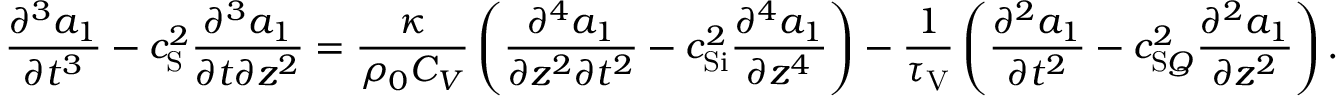
\frac { \partial ^ { 3 } a _ { 1 } } { \partial t ^ { 3 } } - c _ { \mathrm { S } } ^ { 2 } \frac { \partial ^ { 3 } a _ { 1 } } { \partial t \partial z ^ { 2 } } = \frac { \kappa } { \rho _ { 0 } C _ { V } } \left( \frac { \partial ^ { 4 } a _ { 1 } } { \partial z ^ { 2 } \partial t ^ { 2 } } - c _ { \mathrm { S i } } ^ { 2 } \frac { \partial ^ { 4 } a _ { 1 } } { \partial z ^ { 4 } } \right) - \frac { 1 } { \tau _ { \mathrm { V } } } \left( \frac { \partial ^ { 2 } a _ { 1 } } { \partial t ^ { 2 } } - c _ { \mathrm { S } Q } ^ { 2 } \frac { \partial ^ { 2 } a _ { 1 } } { \partial z ^ { 2 } } \right) .